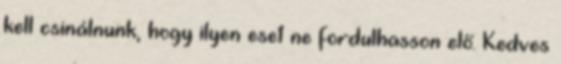
kell csinálnunk, hogy ilyen eset ne fordulhasson elő. Kedves